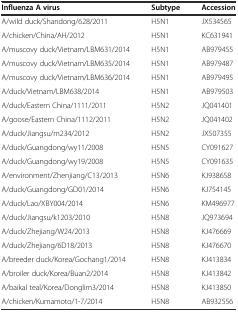
<table><thead><tr><td><b>Influenza A virus</b></td><td><b>Subtype</b></td><td><b>Accession</b></td></tr></thead><tbody><tr><td>A/wild duck/Shandong/628/2011</td><td>H5N1</td><td>JX534565</td></tr><tr><td>A/chicken/China/AH/2012</td><td>H5N1</td><td>KC631941</td></tr><tr><td>A/muscovy duck/Vietnam/LBM631/2014</td><td>H5N1</td><td>AB979455</td></tr><tr><td>A/muscovy duck/Vietnam/LBM635/2014</td><td>H5N1</td><td>AB979487</td></tr><tr><td>A/muscovy duck/Vietnam/LBM636/2014</td><td>H5N1</td><td>AB979495</td></tr><tr><td>A/duck/Vietnam/LBM638/2014</td><td>H5N1</td><td>AB979503</td></tr><tr><td>A/duck/Eastern China/1111/2011</td><td>H5N2</td><td>JQ041401</td></tr><tr><td>A/goose/Eastern China/1112/2011</td><td>H5N2</td><td>JQ041402</td></tr><tr><td>A/duck/Jiangsu/m234/2012</td><td>H5N2</td><td>JX507355</td></tr><tr><td>A/duck/Guangdong/wy11/2008</td><td>H5N5</td><td>CY091627</td></tr><tr><td>A/duck/Guangdong/wy19/2008</td><td>H5N5</td><td>CY091635</td></tr><tr><td>A/environment/Zhenjiang/C13/2013</td><td>H5N6</td><td>KJ938658</td></tr><tr><td>A/duck/Guangdong/GD01/2014</td><td>H5N6</td><td>KJ754145</td></tr><tr><td>A/duck/Lao/XBY004/2014</td><td>H5N6</td><td>KM496977</td></tr><tr><td>A/duck/Jiangsu/k1203/2010</td><td>H5N8</td><td>JQ973694</td></tr><tr><td>A/duck/Zhejiang/W24/2013</td><td>H5N8</td><td>KJ476669</td></tr><tr><td>A/duck/Zhejiang/6D18/2013</td><td>H5N8</td><td>KJ476670</td></tr><tr><td>A/breeder duck/Korea/Gochang1/2014</td><td>H5N8</td><td>KJ413834</td></tr><tr><td>A/broiler duck/Korea/Buan2/2014</td><td>H5N8</td><td>KJ413842</td></tr><tr><td>A/baikal teal/Korea/Donglim3/2014</td><td>H5N8</td><td>KJ413850</td></tr><tr><td>A/chicken/Kumamoto/1-7/2014</td><td>H5N8</td><td>AB932556</td></tr></tbody></table>